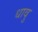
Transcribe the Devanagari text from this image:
धावु